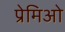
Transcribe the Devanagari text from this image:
प्रेमिओ